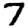
Digit: 7